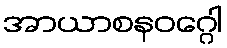
အာယာစနဝဂ္ဂေါ